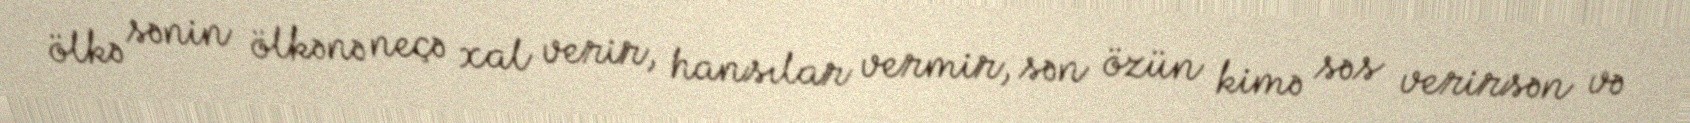
ölkə sənin ölkənə neçə xal verir, hansılar vermir, sən özün kimə səs verirsən və